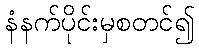
နံနက်ပိုင်းမှစတင်၍